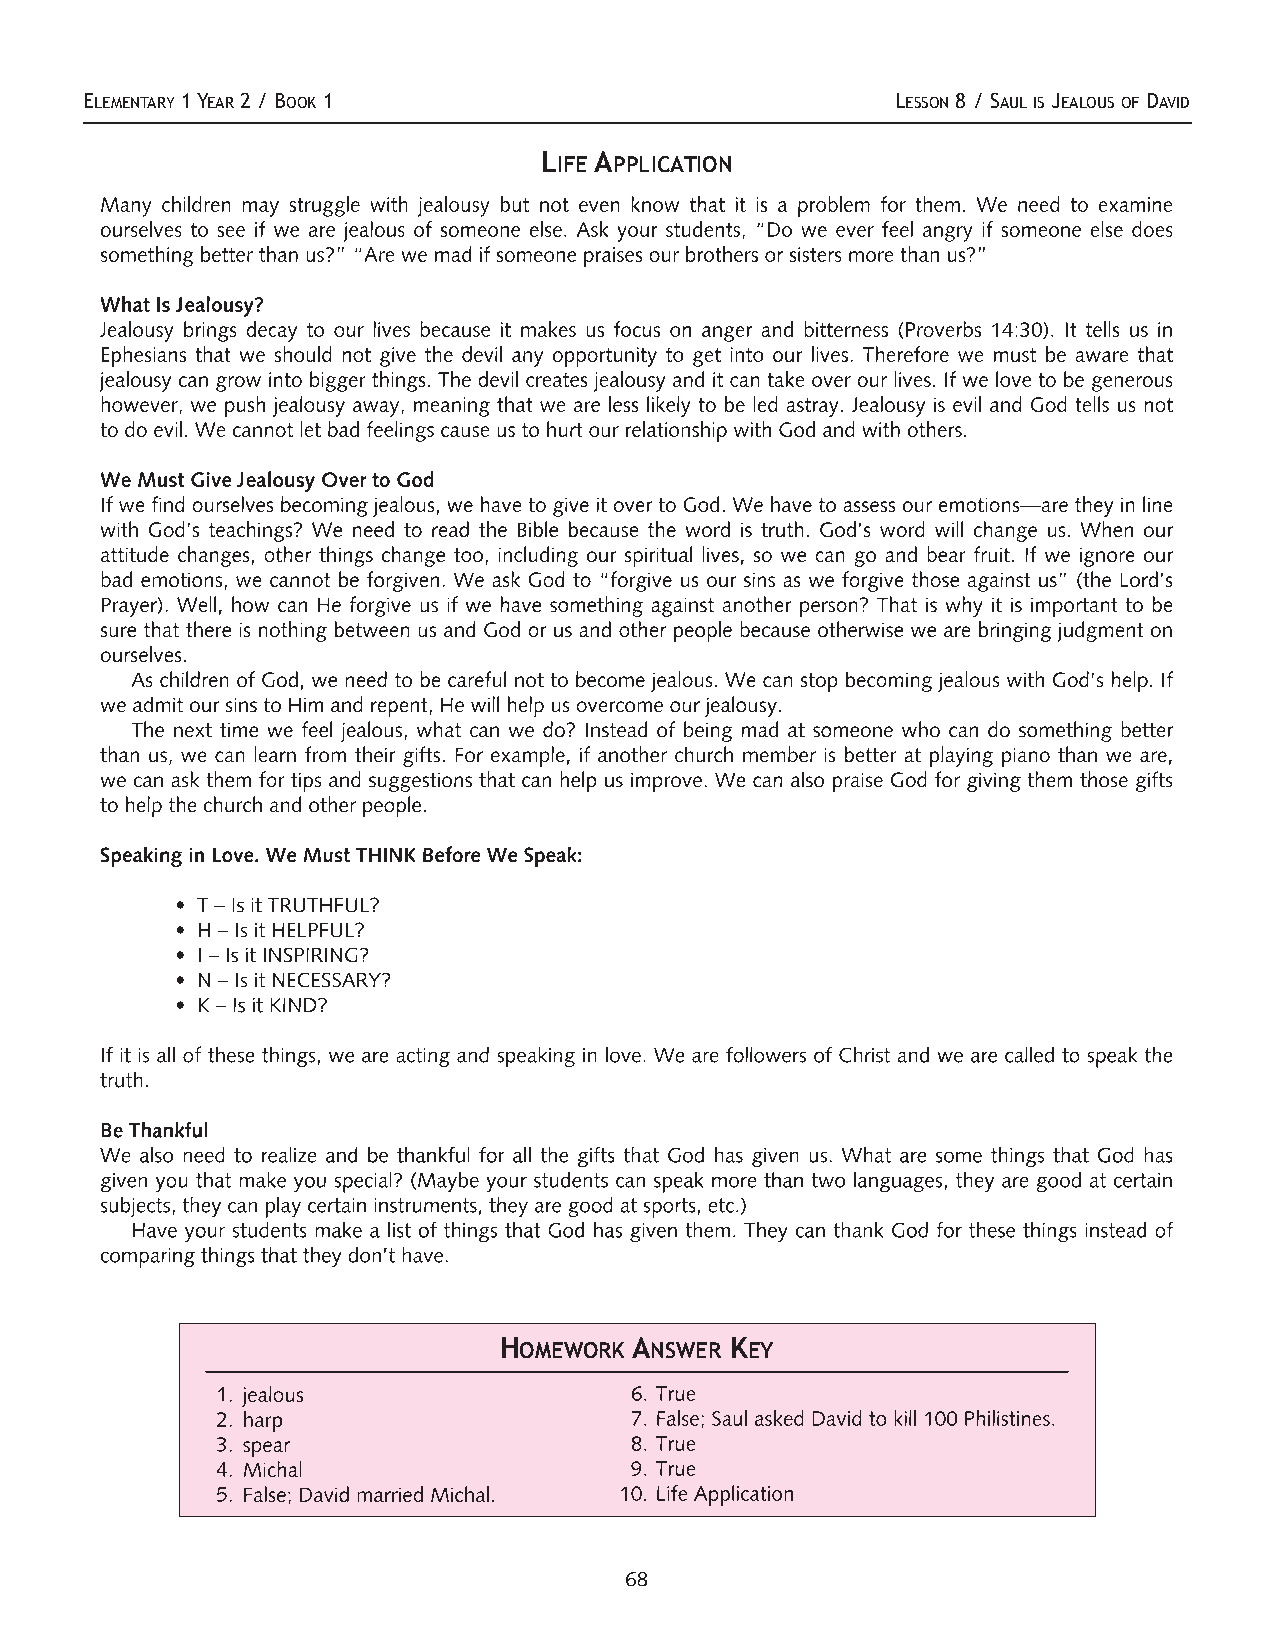
ELEMENTARY1YEAR 2 / BOOK 1                           LESSON 8 / SAULIS JEALOUS OF DAVID
 LIFE APPLICATION
 Many children may struggle with jealousy but not even know that it is a problem for them. We need to examine
 ourselves to see if we are jealous of someone else. Ask your students, “Do we ever feel angry if someone else does
 somethingbetterthan us?” “Are we mad ifsomeone praises ourbrothers orsisters more than us?”
 WhatIs Jealousy?
 Jealousy brings decay to our lives because it makes us focus on anger and bitterness (Proverbs 14:30). It tells us in
 Ephesians that we should not give the devil any opportunity to get into our lives. Therefore we must be aware that
 jealousy can grow into biggerthings. The devil creates jealousy and itcan take overourlives. Ifwe love to be generous
 however, we push jealousy away, meaning that we are less likely to be led astray. Jealousy is evil and God tells us not
 to do evil. We cannotletbad feelings cause us to hurtourrelationship with God and with others.
 We MustGive JealousyOverto God
 Ifwe find ourselves becomingjealous, we have to give itoverto God. We have to assess ouremotions—are they in line
 with God’s teachings? We need to read the Bible because the word is truth. God’s word will change us. When our
 attitude changes, other things change too, including our spiritual lives, so we can go and bear fruit. If we ignore our
 bad emotions, we cannot be forgiven. We ask God to “forgive us our sins as we forgive those against us” (the Lord’s
 Prayer). Well, how can He forgive us if we have something against another person? That is why it is important to be
 sure that there is nothing between us and God orus and otherpeople because otherwise we are bringing judgment on
 ourselves.
 As children of God, we need to be careful notto become jealous. We can stop becoming jealous with God’s help. If
 we admitoursins to Him and repent, He will help us overcome ourjealousy.
 The next time we feel jealous, what can we do? Instead of being mad at someone who can do something better
 than us, we can learn from their gifts. For example, if another church member is better at playing piano than we are,
 we can ask them fortips and suggestions that can help us improve. We can also praise God forgiving them those gifts
 to help the church and otherpeople.
 Speakingin Love. We MustTHINKBefore We Speak:
 • T–Is itTRUTHFUL?
 • H –Is itHELPFUL?
 • I –Is itINSPIRING?
 • N –Is itNECESSARY?
 • K –Is itKIND?
 If it is all of these things, we are acting and speaking in love. We are followers of Christ and we are called to speak the
 truth.
 Be Thankful
 We also need to realize and be thankful for all the gifts that God has given us. What are some things that God has
 given you that make you special? (Maybe your students can speak more than two languages, they are good at certain
 subjects, theycan playcertain instruments, theyare good atsports, etc.)
 Have your students make a list of things that God has given them. They can thank God for these things instead of
 comparingthings thatthey don’thave.
 HOMEWORK ANSWER KEY
 1. jealous                  6. True
 2. harp                     7. False; Saul asked David to kill 100 Philistines.
 3. spear                    8. True
 4. Michal                   9. True
 5. False; David married Michal. 10. Life Application
 68